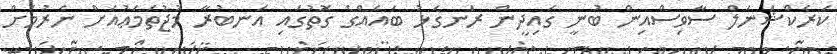
ކަރެކްޝަނަލް ސާވިސްއިން ބުނީ ގައިދީން ރަނގަޅު ބައެއްގެ ގޮތުގައި އަނބުރާ މުޖުތަމަޢުއަށް ނެރުމަށް